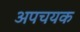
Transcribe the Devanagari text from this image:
अपचयक